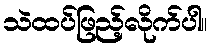
သဲထပ်ဖြည့်လိုက်ပါ။